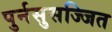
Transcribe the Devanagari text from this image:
पुर्नसुसज्जित